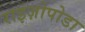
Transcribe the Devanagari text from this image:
राइज़ोपोडा